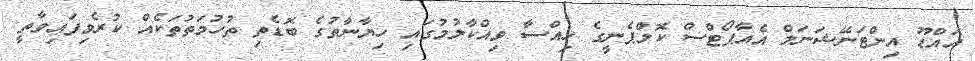
އައްޑޫ އިންޓަނޭޝަނަލް އެއާޕޯޓްސް ކޮމްޕެނީގެ ހިއްސާ ވިއްކާލުމުގައި ހިޔާނާތުގެ ބޮޑެތި ތުހުމަތުތަކެއް ކުރެވިފައިވާތީ